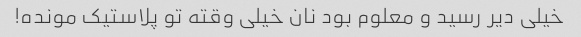
خیلی دیر رسید و معلوم بود نان خیلی وقته تو پلاستیک مونده!